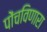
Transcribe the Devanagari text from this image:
पोंचविणारा